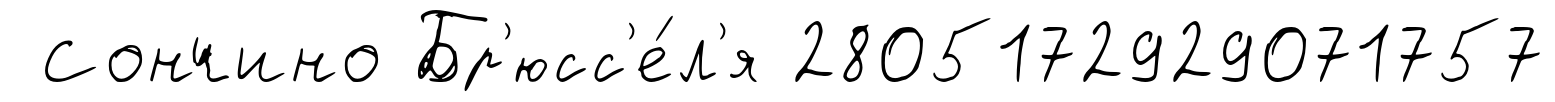
Сончино Бр'юсс'е́л'я 2805172929071757